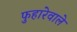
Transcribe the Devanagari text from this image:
फुहारेवाले